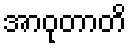
အာဝုတာတိ